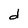
Character: d